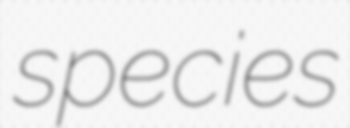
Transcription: species